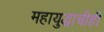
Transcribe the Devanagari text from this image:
महायुद्धाचीही